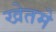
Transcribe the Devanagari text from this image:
खेतमे